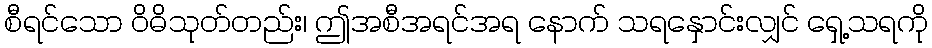
စီရင်သော ဝိဓိသုတ်တည်း၊ ဤအစီအရင်အရ နောက် သရနှောင်းလျှင် ရှေ့သရကို